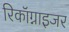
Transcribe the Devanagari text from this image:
रिकॉग्नाइजर